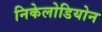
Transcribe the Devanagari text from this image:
निकेलोडियोन